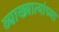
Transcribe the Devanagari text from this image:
व्याख्यात्यांच्या